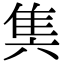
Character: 䧶